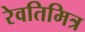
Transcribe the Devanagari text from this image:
रेवतिमित्र